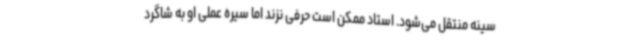
سینه منتقل می‌شود. استاد ممکن است حرفی نزند اما سیره عملی او به شاگرد